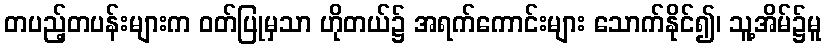
တပည့်တပန်းများက ဝတ်ပြုမှသာ ဟိုတယ်၌ အရက်ကောင်းများ သောက်နိုင်၍၊ သူ့အိမ်၌မူ